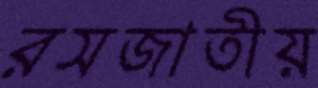
রসজাতীয়